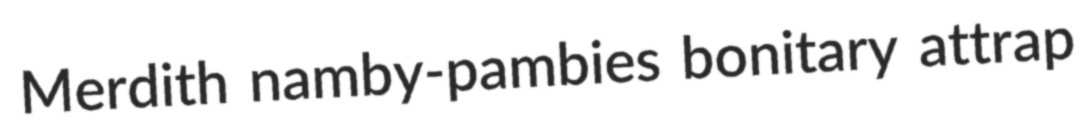
Merdith namby-pambies bonitary attrap